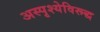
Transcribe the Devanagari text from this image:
अस्पृश्येविरूद्ध